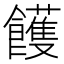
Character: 𩟓